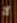
لا